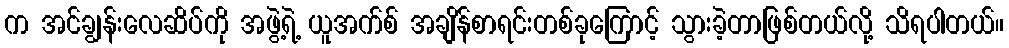
က အင်ချွန်းလေဆိပ်ကို အဖွဲ့ရဲ့ ယူအက်စ် အချိန်စာရင်းတစ်ခုကြောင့် သွားခဲ့တာဖြစ်တယ်လို့ သိရပါတယ်။